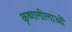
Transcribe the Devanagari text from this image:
कृष्णलीलाओं